Report on the lunatic asylums under the Government of Bombay - 1904-1913
Year: 1904
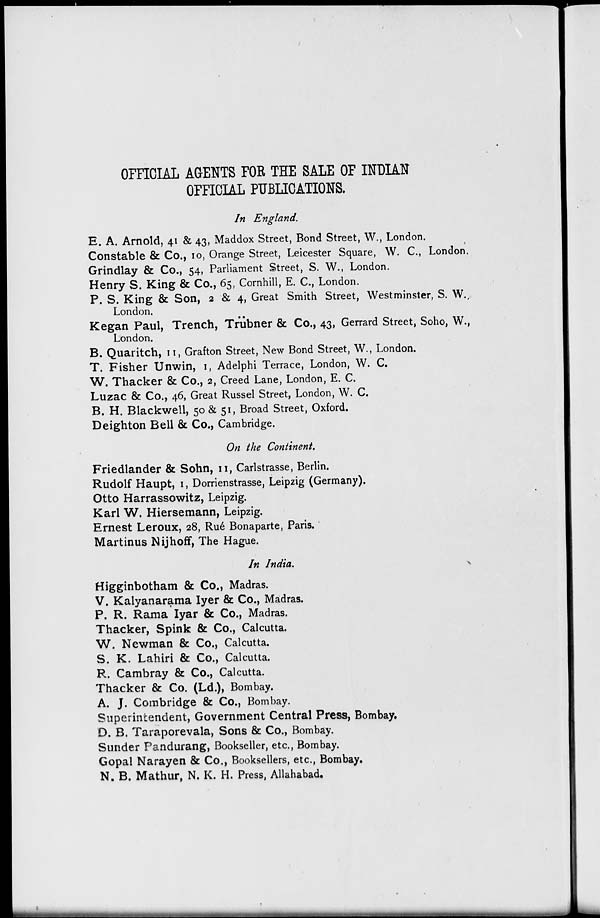
OFFICIAL AGENTS FOR THE SALE OF INDIAN
OFFICIAL PUBLICATIONS.
In England.
E. A. Arnold, 41 & 43, Maddox Street, Bond Street, W., London.
Constable & Co., 10, Orange Street, Leicester Square, W. C., London.
Grindlay & Co., 54, Parliament Street, S. W., London.
Henry S. King & Co., 65, Cornhill, E. C., London.
P. S. King & Son, 2 & 4, Great Smith Street, Westminster, S. W.,
London.
Kegan Paul, Trench, Trübner & Co., 43, Gerrard Street, Soho, W.,
London.
B. Quaritch, 11, Grafton Street, New Bond Street, W., London.
T. Fisher Unwin, 1, Adelphi Terrace, London, W. C.
W. Thacker & Co., 2, Creed Lane, London, E. C.
Luzac & Co., 46, Great Russel Street, London, W. C.
B. H. Blackwell, 50 & 51, Broad Street, Oxford.
Deighton Bell & Co., Cambridge.
On the Continent.
Friedlander & Sohn, 11, Carlstrasse, Berlin.
Rudolf Haupt, 1, Dorrienstrasse, Leipzig (Germany).
Otto Harrassowitz, Leipzig.
Karl W. Hiersemann, Leipzig.
Ernest Leroux, 28, Rué Bonaparte, Paris.
Martinus Nijhoff, The Hague.
In India.
Higginbotham & Co., Madras.
V. Kalyanarama Iyer & Co., Madras.
P. R. Rama Iyar & Co., Madras.
Thacker, Spink & Co., Calcutta.
W. Newman & Co., Calcutta.
S. K. Lahiri & Co., Calcutta.
R. Cambray & Co., Calcutta.
Thacker & Co. (Ld.), Bombay.
A. J. Combridge & Co., Bombay.
Superintendent, Government Central Press, Bombay.
D. B. Taraporevala, Sons & Co., Bombay.
Sunder Pandurang, Bookseller, etc., Bombay.
Gopal Narayen & Co., Booksellers, etc., Bombay.
N. B. Mathur, N. K. H. Press, Allahabad.